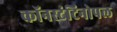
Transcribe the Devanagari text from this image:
कॉनस्टंटिनोपल